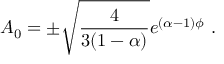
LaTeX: A _ { 0 } = \pm \sqrt { { \frac { 4 } { 3 ( 1 - \alpha ) } } } e ^ { ( \alpha - 1 ) \phi } \ .